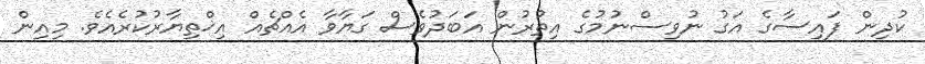
ކުދިން ފައިސާގެ އަގު ނުވިސްނުމުގެ އިތުރުން އަބަދުވެސް ގަޔާވާ އެއްޗެއް އިޚްތިޔާރުކުރެއެވެ. މިއިން